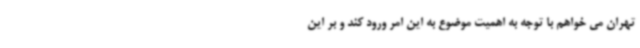
تهران می خواهم با توجه به اهمیت موضوع به این امر ورود کند و بر این